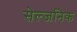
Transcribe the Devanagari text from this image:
सेल्जनिक